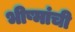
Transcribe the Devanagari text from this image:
भीष्मांची